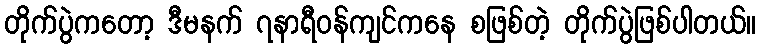
တိုက်ပွဲကတော့ ဒီမနက် ၇နာရီဝန်ကျင်ကနေ စဖြစ်တဲ့ တိုက်ပွဲဖြစ်ပါတယ်။